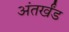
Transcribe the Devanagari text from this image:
अंतर्खंड